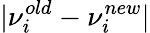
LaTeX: |\nu_{i}^{old}-\nu_{i}^{new}|